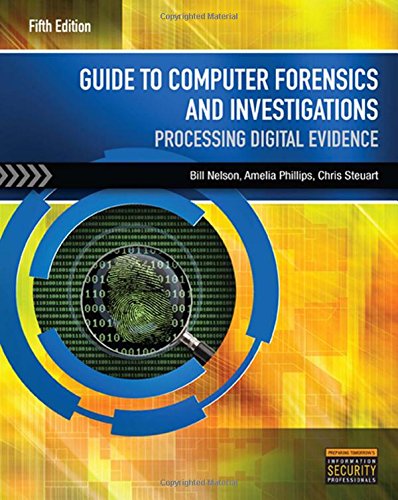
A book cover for Guide to Computer Forensics and Investigations (with DVD); Bill Nelson; Computers & Technology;